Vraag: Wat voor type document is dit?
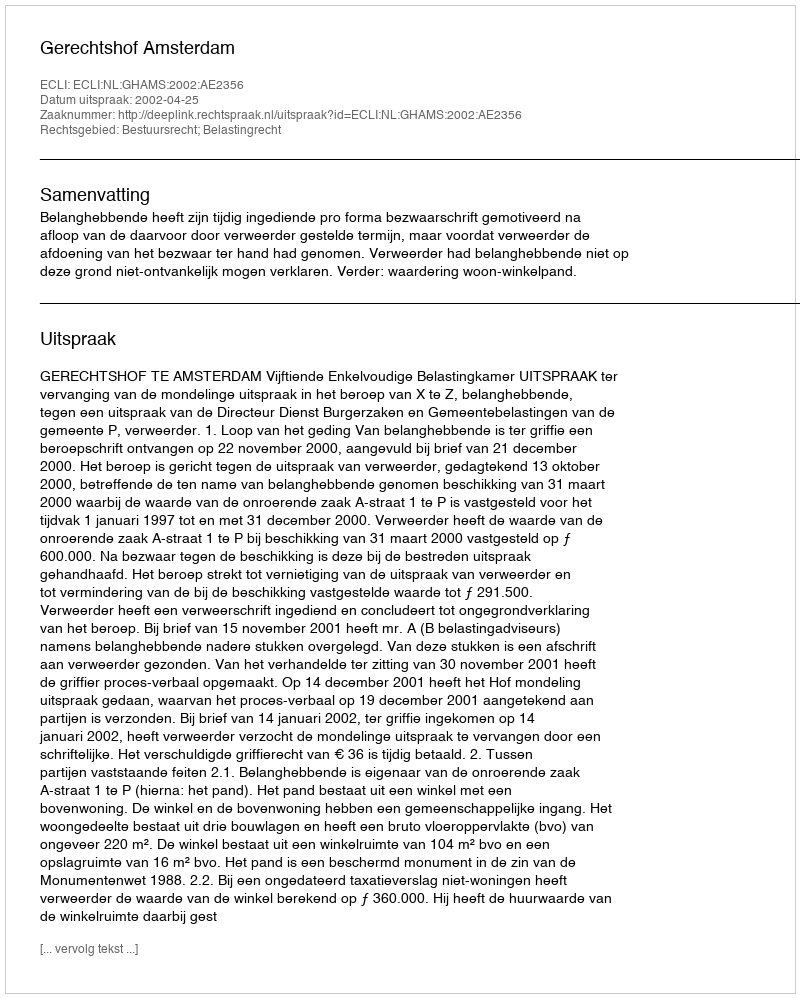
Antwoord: Uitspraak